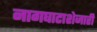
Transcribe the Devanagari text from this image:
नागघाटाशेजारी